Indian journal of veterinary science and animal husbandry - Volume 5,
Year: 1935
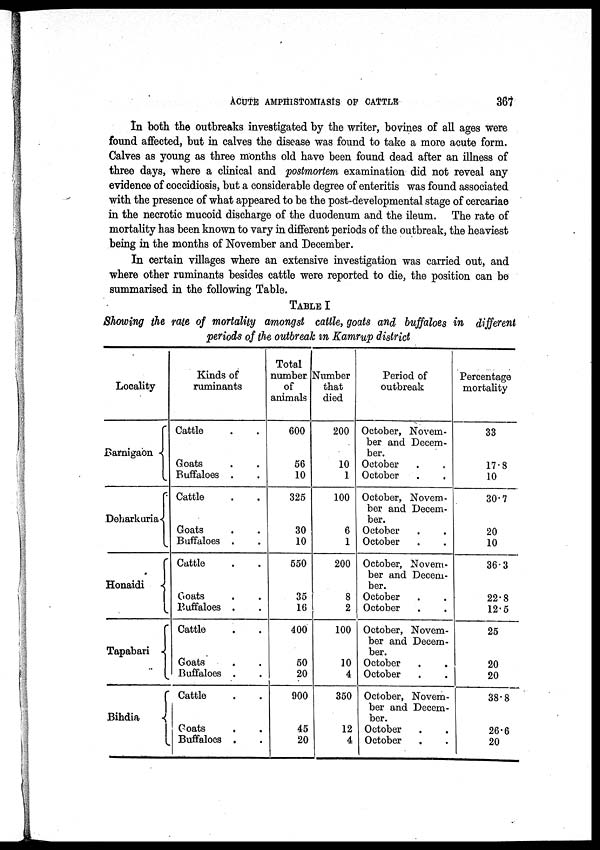
ACUTE AMPHISTOMIASIS OF CATTLE
367
In both the outbreaks investigated by the writer, bovines of all ages were
found affected, but in calves the disease was found to take a more acute form.
Calves as young as three months old have been found dead after an illness of
three days, where a clinical and postmortem examination did not reveal any
evidence of coccidiosis, but a considerable degree of enteritis was found associated
with the presence of what appeared to be the post-developmental stage of cercariae
in the necrotic mucoid discharge of the duodenum and the ileum. The rate of
mortality has been known to vary in different periods of the outbreak, the heaviest
being in the months of November and December.
In certain villages where an extensive investigation was carried out, and
where other ruminants besides cattle were reported to die, the position can be
summarised in the following Table.
TABLE I
Showing the rate of mortality amongst cattle, goats and buffaloes in different
periods of the outbreak in Kamrup district
Locality
Barnigaon
Deharkuria
Honaidi
Tapabari
Bihdia
Kinds of
ruminants
Cattle . .
Goats . .
Buffaloes. .
Cattle . .
Goats . .
Buffaloes . .
Cattle . .
Goats . .
Buffaloes . .
Cattle . .
Goats . .
Buffaloes . .
Cattle . .
Goats . .
Buffaloes . .
Total
number
of
animals
600
56
10
325
30
10
550
35
16
400
50
20
900
45
20
Number
that
died
200
10
1
100
6
1
200
8
Period of
outbreak
October, Novem-
ber and Decem-
ber.
October . .
October . .
October, Novem-
ber and Decem-
ber.
October . .
October . .
October, Novem-
ber and Decem-
ber.
October . .
2 October . .
100
10
4
350
12
4
October, Novem-
ber and Decem-
ber.
October . .
October . .
October, Novem-
ber and Decem-
ber.
October . .
October . .
Percentage
mortality
33
17.8
10
30.7
20
10
36.3
22.8
12.5
25
20
20
38.8
26.6
20